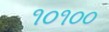
૧૦૧૦૦